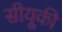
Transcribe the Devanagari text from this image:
सीयूकी